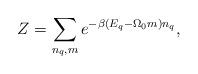
LaTeX: \begin{align*}Z = \sum_{n_q,m} e^{- \beta ( E_q - \Omega_0 m )n_q },\end{align*}